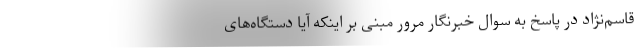
قاسم‌نژاد در پاسخ به سوال خبرنگار مرور مبنی بر اینکه آیا دستگاه‌های